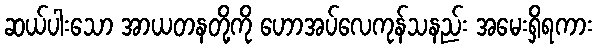
ဆယ်ပါးသော အာယတနတို့ကို ဟောအပ်လေကုန်သနည်း အမေးရှိရကား